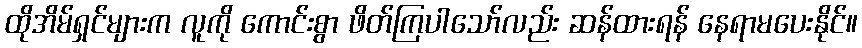
ထိုအိမ်ရှင်များက လူကို ကောင်းစွာ ဖိတ်ကြပါသော်လည်း ဆန်ထားရန် နေရာမပေးနိုင်။